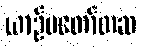
ယာဉ်မတော်တဆ